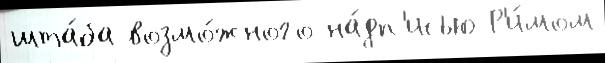
шта́ба возмо́жного на́дп'исью Р'и́мом